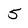
Character: 5